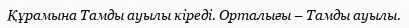
Құрамына Тамды ауылы кіреді. Орталығы – Тамды ауылы.